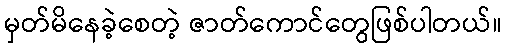
မှတ်မိနေခဲ့စေတဲ့ ဇာတ်ကောင်တွေဖြစ်ပါတယ်။